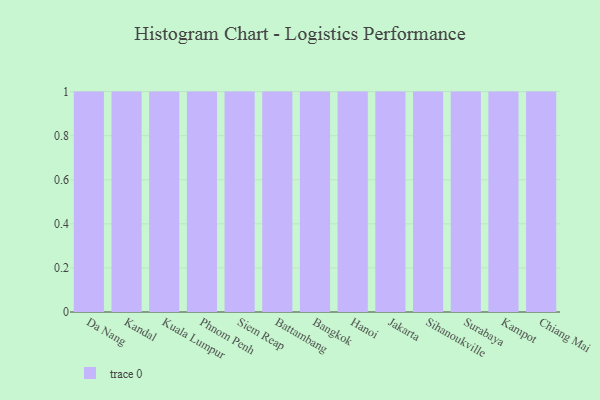
{"axis": {"x": "City", "y": "Page Views"}, "legend": [""], "data": [{"x": "Da Nang", "y": 77, "type": ""}, {"x": "Kandal", "y": 80, "type": ""}, {"x": "Kuala Lumpur", "y": 50, "type": ""}, {"x": "Phnom Penh", "y": 51, "type": ""}, {"x": "Siem Reap", "y": 29, "type": ""}, {"x": "Battambang", "y": 62, "type": ""}, {"x": "Bangkok", "y": 58, "type": ""}, {"x": "Hanoi", "y": 2, "type": ""}, {"x": "Jakarta", "y": 61, "type": ""}, {"x": "Sihanoukville", "y": 16, "type": ""}, {"x": "Surabaya", "y": 50, "type": ""}, {"x": "Kampot", "y": 57, "type": ""}, {"x": "Chiang Mai", "y": 2, "type": ""}]}